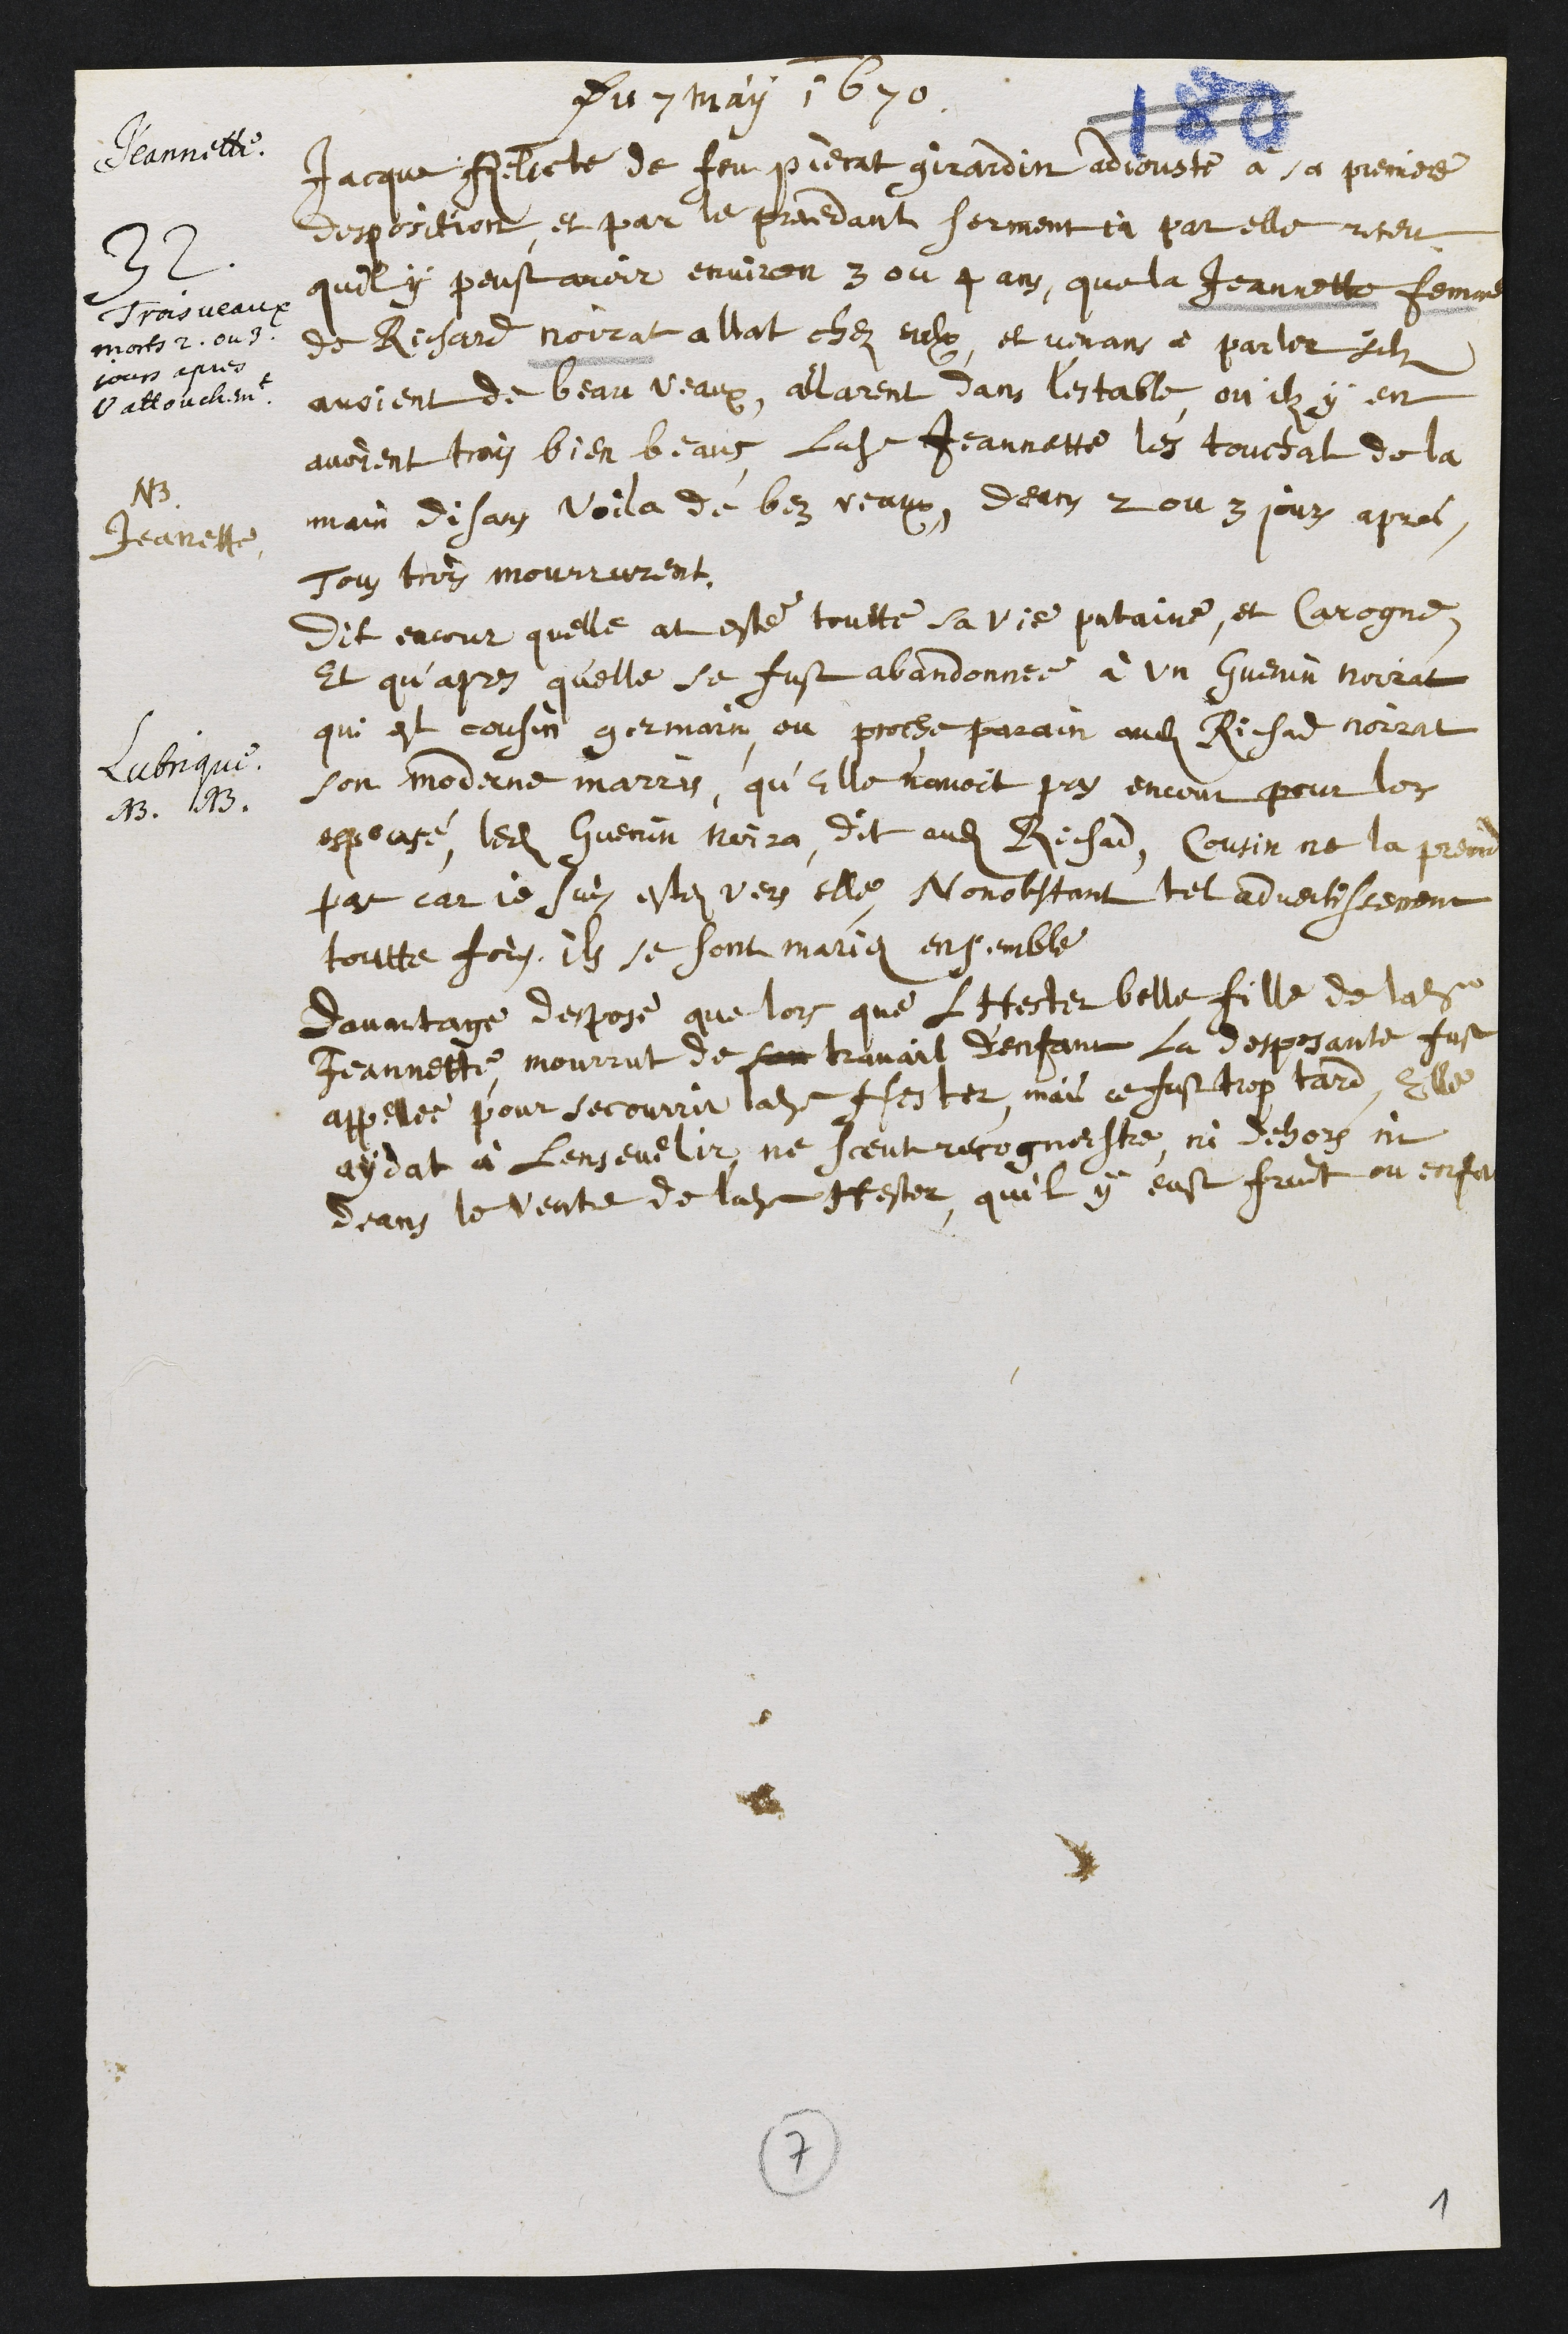
Du 7 may 1670.
Jeannette.
Trois veaux
morts 2. ou 3.
jours apres
l’attouchement.
32. Jacque Relicte de feu pierat girardin adjouste à sa premiere
desposition, et par le precedant serment ja par elle receu
qu’il y peust avoir environ 3 ou 4 ans, que la Jeannette femme
de Richard Noirat allat chez eulx, et venans à parler s’ils
avoient de beau veaux, allarent dans l’estable, ou ils y en
avoient trois bien beaus, ladite Jeannette les touchat de la
main disans Voila de bez veaux, deans 2 ou 3 jours apres,
tous trois mourrurent.
NB.
Jeannette.
Lubrique.
NB. NB.
Dit encor qu’elle at esté toutte sa vie putaine, et carogne,
et qu’apres qu’elle se fust abandonnee à un Guenin Noirat
qui est cousin germain, ou proche parain audit Richard Noirat
son moderne marris, qu’elle n’avoit pas encour pour lors
espousé, ledit Guenin Noira, dit audit Richard, Cousin ne la prend
pas car je suis allé vers elle, Nonobstant tel advertissement
toutte fois, ils se sont mariés ensemble
Davantage despose que lors que l'Hester belle fille de ladite
Jeannette, mourrut de son travail d’enfans la desposante fut
appelée pour secourir ladite Hester, mais ce fust trop tard, elle
aydat à l’ensevelir, ne sceut recognestre, ni dehors ni
deans le ventre de ladite Hester, qu’il y eust fruit ou enfans